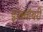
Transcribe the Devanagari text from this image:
इन्क्वॉयरी